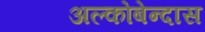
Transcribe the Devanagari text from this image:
अल्कोबेन्दास